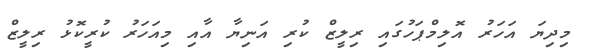
މިދިޔަ އަހަރު އޮލިމްޕަހުގައި ރިލީޒް ކުރި އަނިޔާ އާއި މިއަހަރު ކުރީކޮޅު ރިލީޒް